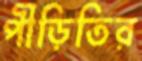
পীড়িতির